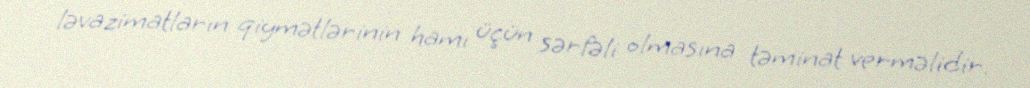
ləvazimatların qiymətlərinin hamı üçün sərfəli olmasına təminat verməlidir.